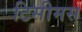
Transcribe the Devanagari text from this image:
टिसीमस